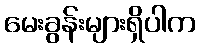
မေးခွန်းများရှိပါက